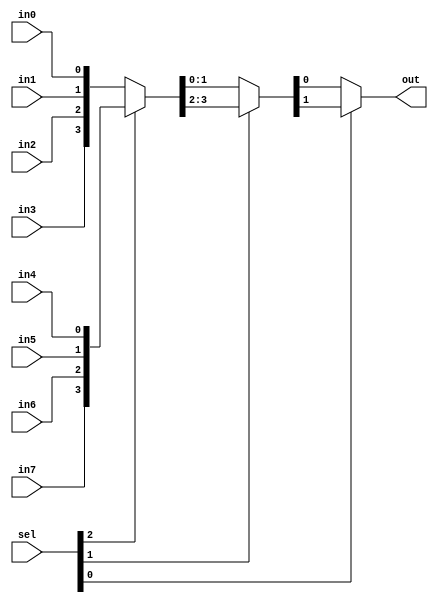
module Mux_8to1(in7, in6, in5, in4, in3, in2, in1, in0, sel, out);
	input in7, in6, in5, in4, in3, in2, in1, in0;
	input [2:0] sel;
	output out;

	wire [7:0] in;
	wire [3:0] outA;
	wire [1:0] outB;

	assign in = {in7, in6, in5, in4, in3, in2, in1, in0};
	assign outA = sel[2] ? in[7:4] : in[3:0];
	assign outB = sel[1] ? outA[3:2] : outA[1:0];
	assign out = sel[0] ? outB[1] : outB[0];

endmodule